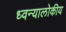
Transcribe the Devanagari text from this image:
ध्वन्यालोकीय